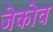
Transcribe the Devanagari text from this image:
जेकोव